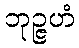
ဘုဉ္ဇဟံ